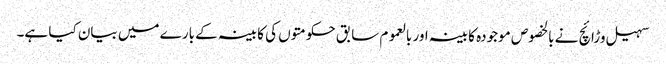
سہیل وڑائچ نے بالخصوص موجودہ کابینہ اور بالعموم سابق حکومتوں کی کابینہ کے بارے میں بیان کیا ہے۔